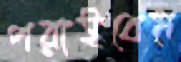
পরাইবেন